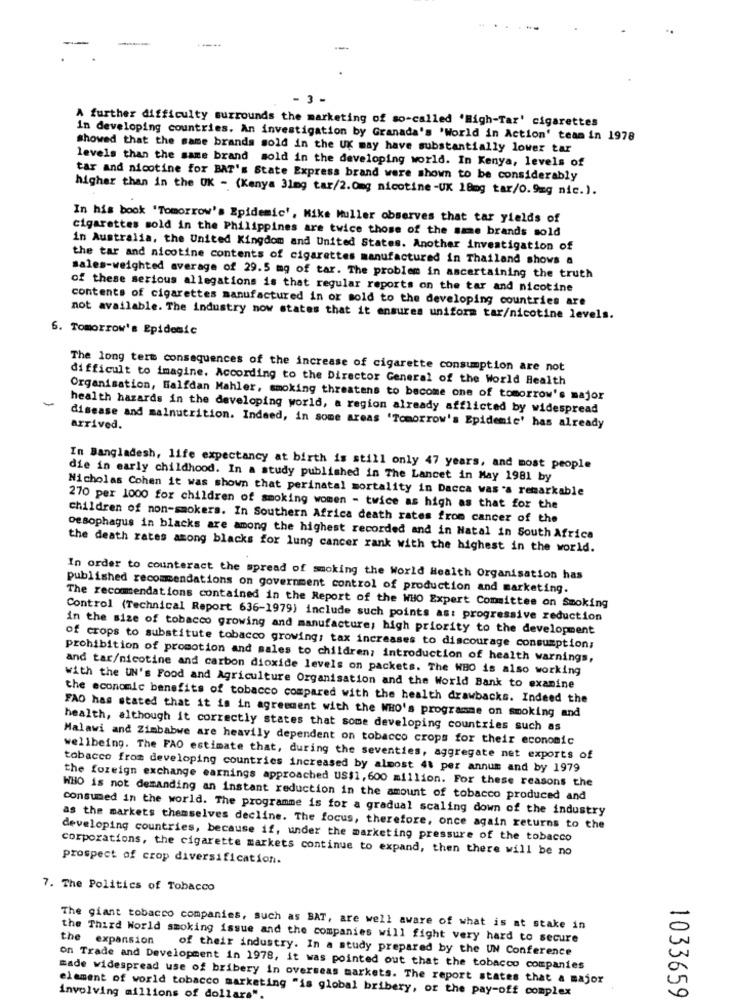
-..
---
- 3 -
A further difficulty surrounds the marketing of so-called 'High-Tar' cigarettes
In developing countries. An investigation by Granada's 'World in Action' team in 1978
showed that the same brands sold in the UK may have substantially lower tar
levels than the same brand sold in the developing world. In Kenya, levels of
tar and nicotine for BAT's State Express brand were shown to be considerably
higher than in the UK - (Kenya 31mg tar/2.0mg nicotine-UK 18mg tar/0.9mg nic.).
In his book 'Tomorrow's Epidemic', Mike Muller observes that tar yields of
cigarettes sold in the Philippines are twice those of the same brands sold
in Australia, the United Kingdom and United States. Another investigation of
the tar and nicotine contents of cigarettes manufactured in Thailand shows a
sales-weighted average of 29.5 mg of tar. The problem in ascertaining the truth
of these serious allegations is that regular reports on the tar and nicotine
contents of cigarettes manufactured in or sold to the developing countries are
not available. The industry now states that it ensures uniform tar/nicotine levels.
6. Tomorrow's Epidemic
The long term consequences of the increase of cigarette consumption are not
difficult to imagine. According to the Director General of the World Health
Organisation, Halfdan Mahler, smoking threatens to become one of tomorrow's major
health hazards in the developing world, a region already afflicted by widespread
disease and malnutrition. Indeed, in some areas 'Tomorrow's Epidemic' has already
arrived.
In Bangladesh, life expectancy at birth is still only 47 years, and most people
die in early childhood. In a study published in The Lancet in May 1981 by
Nicholas Cohen it was shown that perinatal mortality in Dacca was 'a remarkable
270 per 1000 for children of smoking women - twice as high as that for the
children of non-smokers. In Southern Africa death rates from cancer of the
oesophagus in blacks are among the highest recorded and in Natal in South Africa
the death rates among blacks for lung cancer rank with the highest in the world.
In order to counteract the spread of smoking the World Health Organisation has
published recommendations on government control of production and marketing.
The recommendations contained in the Report of the WHO Expert Committee on Smoking
Control (Technical Report 636-1979) include such points ast progressive reduction
in the size of tobacco growing and manufacture; high priority to the development
of crops to substitute tobacco growing: tax increases to discourage consumption;
prohibition of promotion and sales to children; introduction of health warnings,
and tar/nicotine and carbon dioxide levels on packets. The WHO is also working
with the UN's Food and Agriculture Organisation and the World Bank to examine
the economic benefits of tobacco compared with the health drawbacks. Indeed the
FAO has stated that it is in agreement with the WHO's programme on smoking and
health, although it correctly states that some developing countries such as
Malawi and Zimbabwe are heavily dependent on tobacco crops for their economic
wellbeing. The FAO estimate that, during the seventies, aggregate net exports of
tobacco from developing countries increased by almost 41 per annum and by 1979
the foreign exchange earnings approached US$1, 600 million. For these reasons the
WHO is not demanding an instant reduction in the amount of tobacco produced and
consumed in the world. The programme is for a gradual scaling down of the industry
as the markets themselves decline. The focus, therefore, once again returns to the
developing countries, because if, under the marketing pressure of the tobacco
corporations, the cigarette markets continue to expand, then there will be no
prospect of crop diversification.
7. The Politics of Tobacco
The giant tobacco companies, such as BAT, are well aware of what is at stake in
the Third World smoking issue and the companies will fight very hard to secure
the expansion
of their industry. In a study prepared by the UN Conference
on Trade and Development in 1978, it was pointed out that the tobacco companies
made widespread use of bribery in overseas markets. The report states that a major
element of world tobacco marketing "is global bribery, or the pay-off complex
1033659
involving millions of dollar